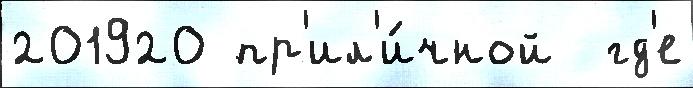
201920 пр'ил'и́чной  гд'е